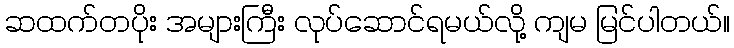
ဆထက်တပိုး အများကြီး လုပ်ဆောင်ရမယ်လို့ ကျမ မြင်ပါတယ်။